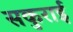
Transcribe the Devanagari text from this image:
सकुराई